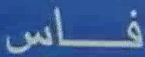
فاس